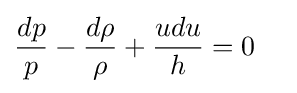
{\begin{aligned}{\frac {dp}{p}}-{\frac {d\rho }{\rho }}+{\frac {udu}{h}}&=0\end{aligned}}